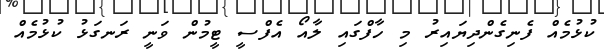
ކުޅުމެއް ފެނިގެންދިޔައިރު މި ހާފްގައި ލާއޯ އެފްސީ ޓީމުން ވަނީ ރަނގަޅު ކުޅުމެއް